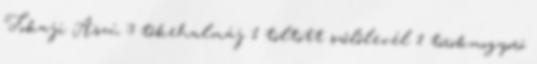
Tokaji Aszú 3 tőkehalmáj 1 töltött szőlőlevél 1 törökmogyoró